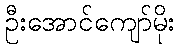
ဦးအောင်ကျော်မိုး